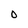
Character: O